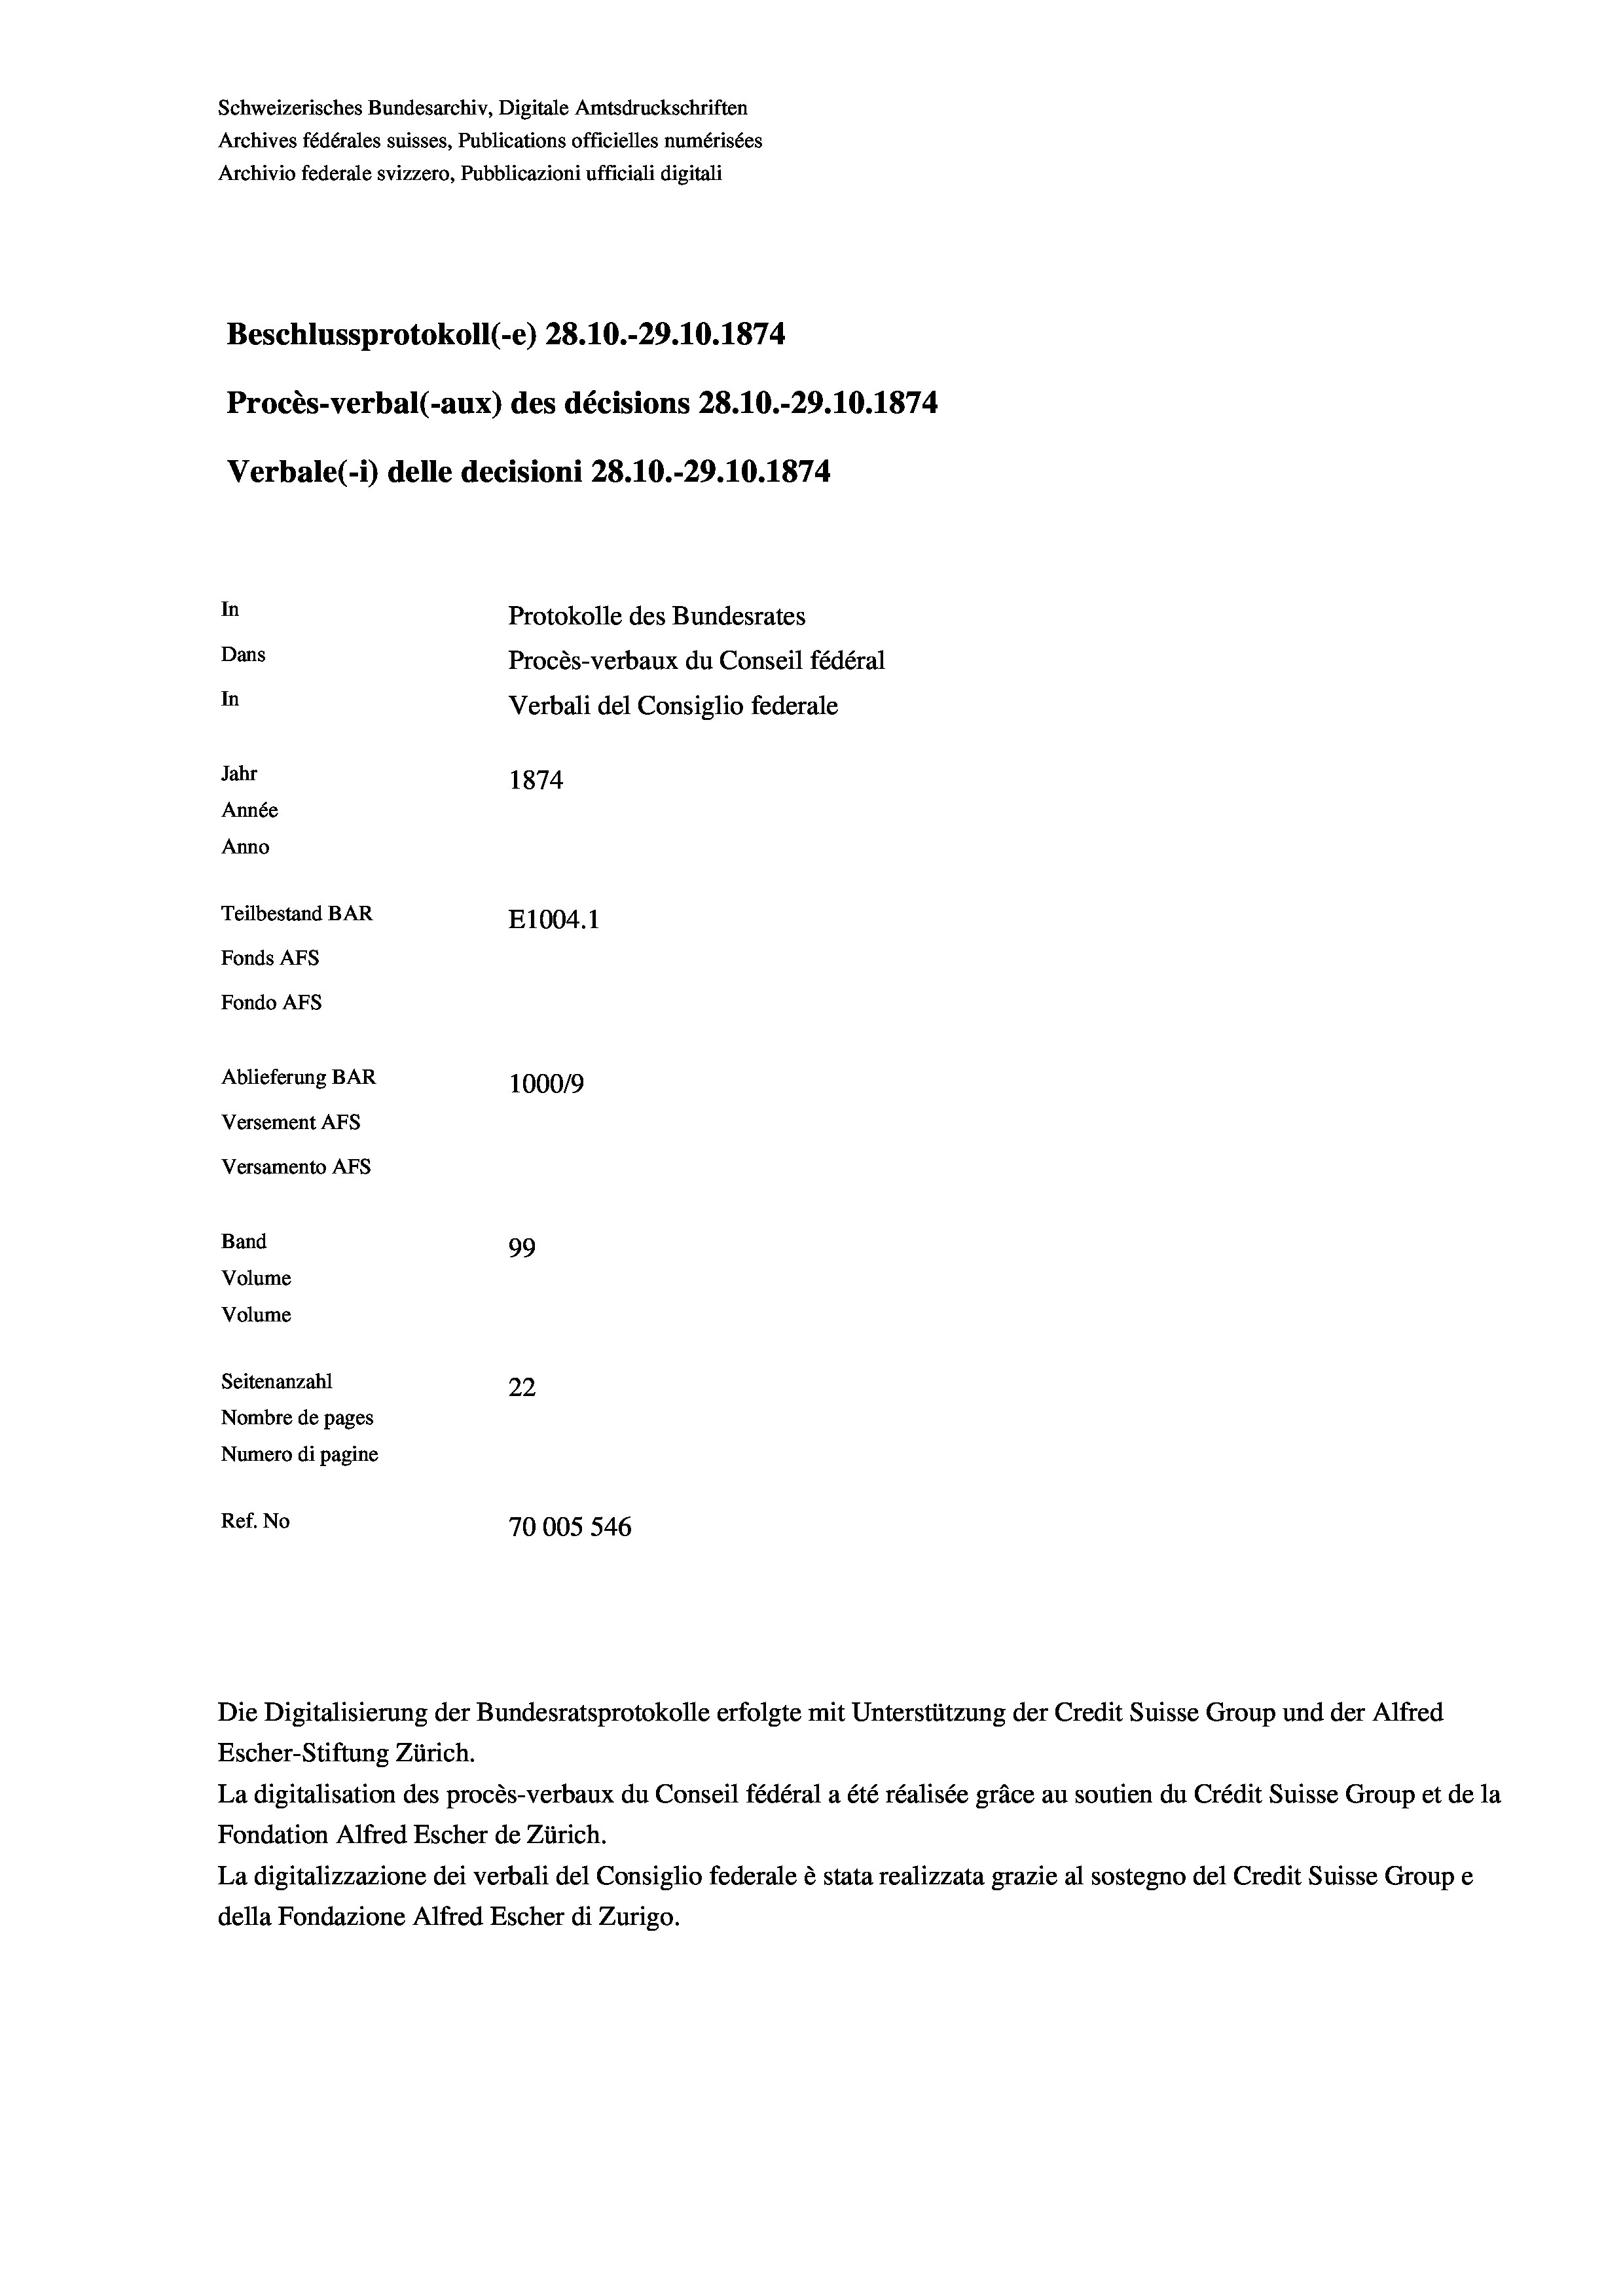
Schweizerisches Bundesarchiv, Digitale Amtsdruckschriften
Archives fédérales suisses, Publications officielles numérisées
Archivio federale svizzero, Pubblicazioni ufficiali digitali
Beschlussprotokoll (-e) 28. 10.-29.10.1874.
Procès-verbal (-aux) des décisions 28.10.-29.10.1874
Verbale (i) delle decisioni 28.10.-29.10.1874
In
Protokolle des Bundesrates
Dans
Procès-verbaux du Conseil fédéral
In
Verbali del Consiglio federale
Jahr
1874
Année
Anno
Teilbestand BAR
E1004. 1
Fonds AEs
Fondo Afs
Ablieferung BAR
1000/9
Versement AFs
Versamento Afs
Band
99
Volume
Volume
Seitenanzahl
22
Nombre de pages
Numero di pagine
Ref. No
70005 546

Die Digitalisierung der Bundesratsprotokolle erfolgte mit Unterstützung der Credit Suisse Group und der Alfred
Escher-Stiftung Zürich.
La digitalisation des procès-verbaux du Conseil fédéral a été réalisée gräce au soutien du Crédit Suisse Group et de la
Fondation Alfred Escher de Zürich.
La digitalizzazione dei verbali del Consiglio federale è stata realizzata grazie al sostegno del Credit Suisse Groupe
della Fondazione Alfred Escher di Zurigo.